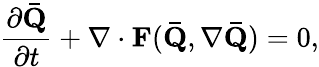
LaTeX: \frac{\partial\mathbf{\bar{Q}}}{\partial t}+\nabla\cdot\mathbf{F}(\mathbf{\bar{Q}},\nabla\mathbf{\bar{Q}})=0,